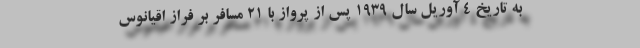
به تاریخ 4 آوریل سال 1939 پس از پرواز با 21 مسافر بر فراز اقیانوس